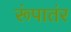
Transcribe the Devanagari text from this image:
रूंपातंर